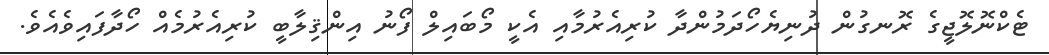
ޓެކްނޮލޮޖީގެ ރޮނގުން ދުނިޔެހޯދަމުންދާ ކުރިއެރުމާއި އެކީ މޯބައިލް ފޯނު އިންޤިލާބީ ކުރިއެރުމެއް ހޯދާފައިވެއެވެ.